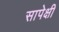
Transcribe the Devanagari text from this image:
सापेक्षी